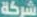
شركة